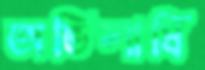
অভিলাষি